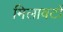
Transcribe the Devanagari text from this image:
मिलावटों